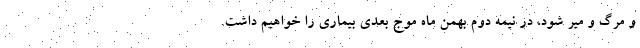
و مرگ و میر شود، در نیمه دوم بهمن ماه موج بعدی بیماری را خواهیم داشت.